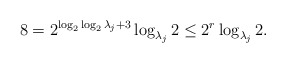
\begin{align*}8= 2^{\log_2\log_2 \lambda_j + 3} \log_{\lambda_j} 2\leq 2^r\log_{\lambda_j}2.\end{align*}